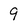
Character: 9